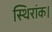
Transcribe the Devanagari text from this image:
स्थिरांक।